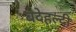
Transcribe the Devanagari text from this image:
बदेहल्दी